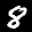
Label: 8